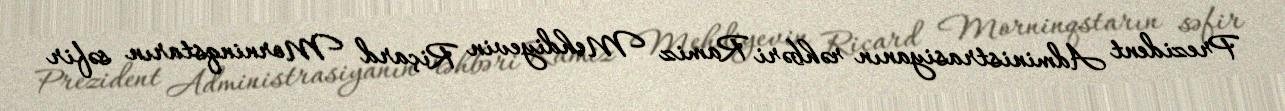
Prezident Administrasiyanın rəhbəri Ramiz Mehdiyevin Riçard Morninqstarın səfir